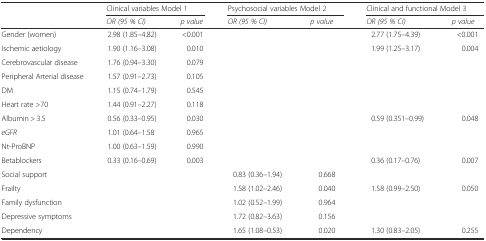
| <ROWSPAN=2>  | <COLSPAN=2> Clinical variables Model 1 | <COLSPAN=2> Psychosocial variables Model 2 | <COLSPAN=2> Clinical and functional Model 3 |
 | OR (95 % CI) | p value | OR (95 % CI) | p value | OR (95 % CI) | p value |
 | --- | --- | --- | --- | --- | --- | --- |
 | Gender (women) | 2.98 (1.85–4.82) | <0.001 |  |  | 2.77 (1.75–4.39) | <0.001 |
 | Ischemic aetiology | 1.90 (1.16–3.08) | 0.010 |  |  | 1.99 (1.25–3.17) | 0.004 |
 | Cerebrovascular disease | 1.76 (0.94–3.30) | 0.079 |  |  |  |  |
 | Peripheral Arterial disease | 1.57 (0.91–2.73) | 0.105 |  |  |  |  |
 | DM | 1.15 (0.74–1.79) | 0.545 |  |  |  |  |
 | Heart rate >70 | 1.44 (0.91–2.27) | 0.118 |  |  |  |  |
 | Albumin > 3.5 | 0.56 (0.33–0.95) | 0.030 |  |  | 0.59 (0.351–0.99) | 0.048 |
 | eGFR | 1.01 (0.64–1.58 | 0.965 |  |  |  |  |
 | Nt-ProBNP | 1.00 (0.63–1.59) | 0.990 |  |  |  |  |
 | Betablockers | 0.33 (0.16–0.69) | 0.003 |  |  | 0.36 (0.17–0.76) | 0.007 |
 | Social support |  |  | 0.83 (0.36–1.94) | 0.668 |  |  |
 | Frailty |  |  | 1.58 (1.02–2.46) | 0.040 | 1.58 (0.99–2.50) | 0.050 |
 | Family dysfunction |  |  | 1.02 (0.52–1.99) | 0.964 |  |  |
 | Depressive symptoms |  |  | 1.72 (0.82–3.63) | 0.156 |  |  |
 | Dependency |  |  | 1.65 (1.08–0.53) | 0.020 | 1.30 (0.83–2.05) | 0.255 |